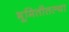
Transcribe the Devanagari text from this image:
भूमितीतल्या